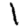
Digit: 1